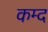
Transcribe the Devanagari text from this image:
कम्द